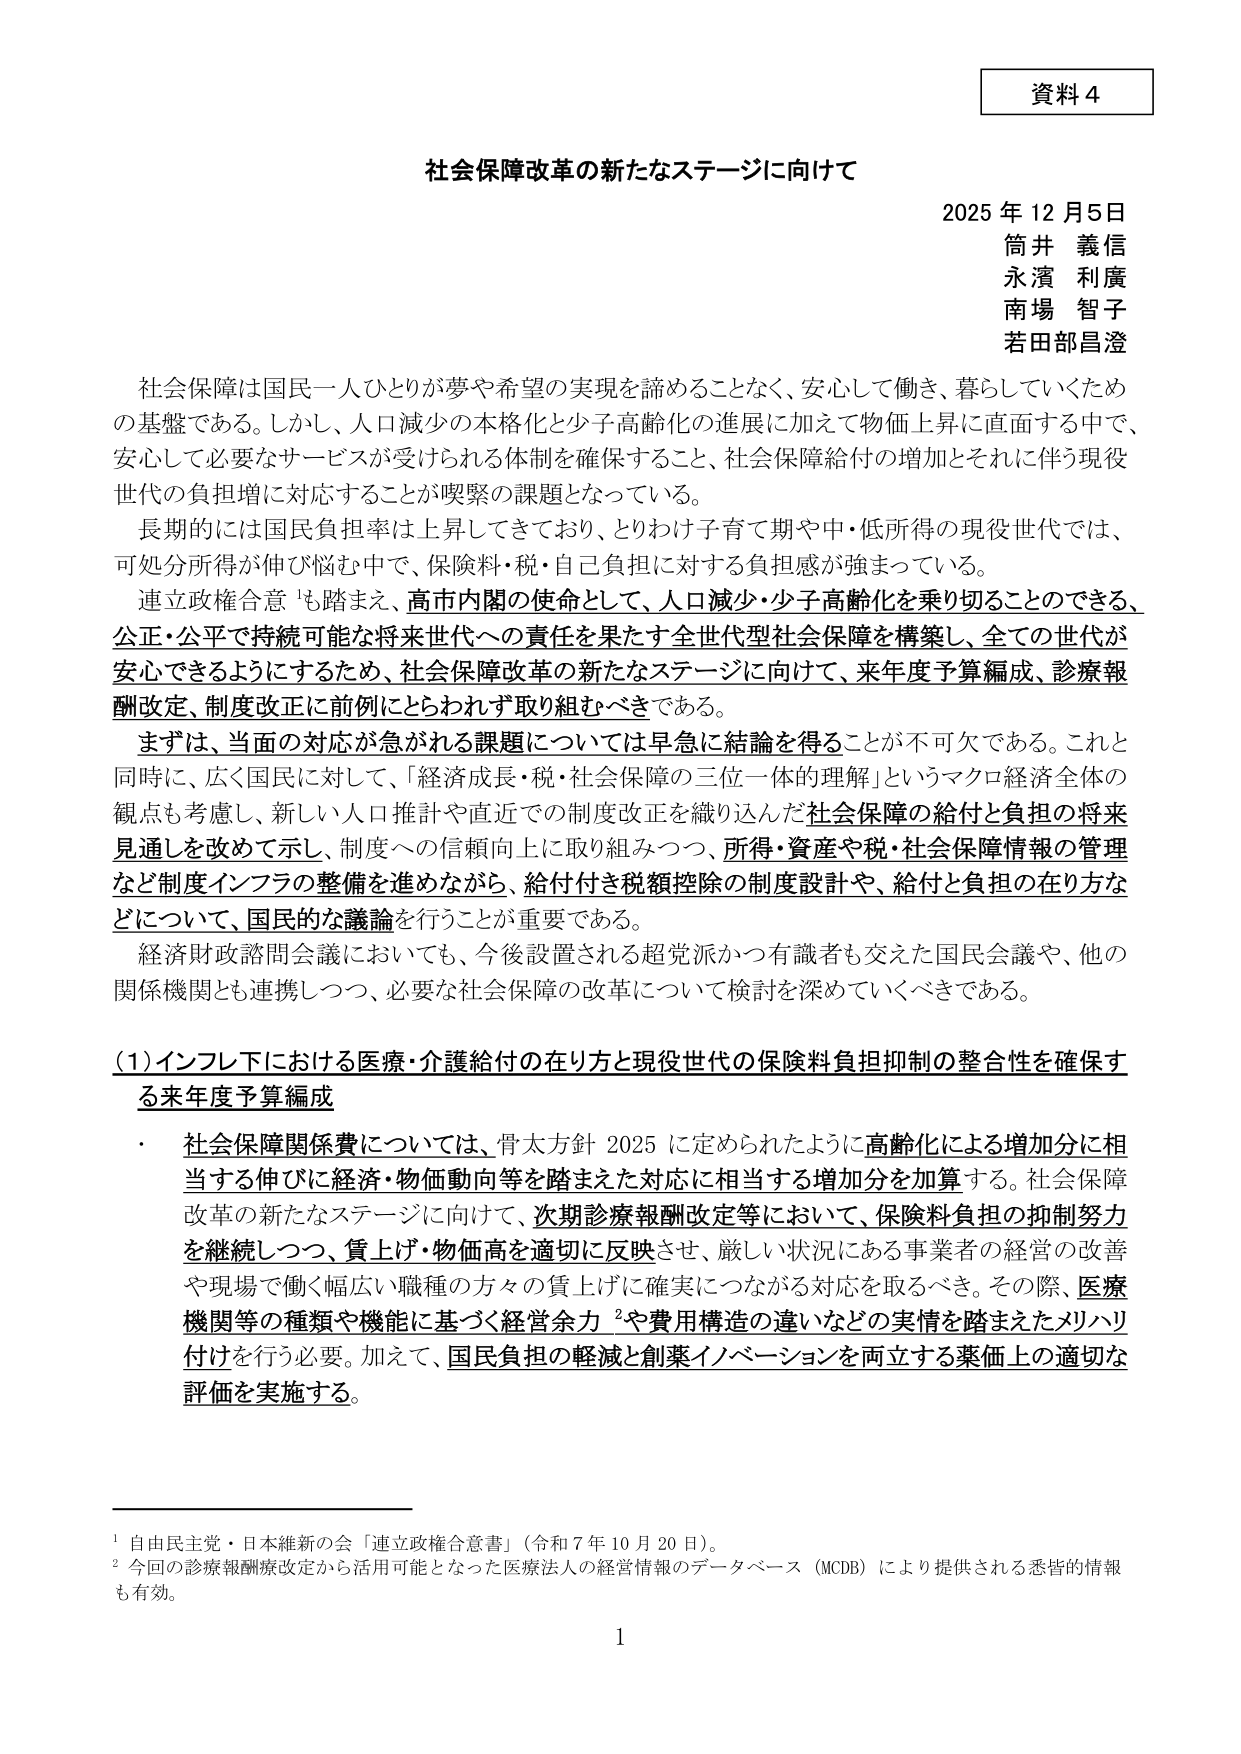
資料４

社会保障改革の新たなステージに向けて

2025年12月5日
筒井 義信
永濱 利廣
南場 智子
若田部昌澄

社会保障は国民一人ひとりが夢や希望の実現を諦めることなく、安心して働き、暮らしていくための基盤である。しかし、人口減少の本格化と少子高齢化の進展に加えて物価上昇に直面する中で、安心して必要なサービスが受けられる体制を確保すること、社会保障給付の増加とそれに伴う現役世代の負担増に対応することが喫緊の課題となっている。

長期的には国民負担率は上昇してきており、とりわけ子育て期や中・低所得の現役世代では、可処分所得が伸び悩む中で、保険料・税・自己負担に対する負担感が強まっている。

連立政権合意¹も踏まえ、高市内閣の使命として、人口減少・少子高齢化を乗り切ることのできる、公正・公平で持続可能な将来世代への責任を果たす全世代型社会保障を構築し、全ての世代が安心できるようにするため、社会保障改革の新たなステージに向けて、来年度予算編成、診療報酬改定、制度改正に前例にとらわれず取り組むべきである。

まずは、当面の対応が急がれる課題については早急に結論を得ることが不可欠である。これと同時に、広く国民に対して、「経済成長・税・社会保障の三位一体的理解」というマクロ経済全体の観点も考慮し、新しい人口推計や直近での制度改正を織り込んだ社会保障の給付と負担の将来見通しを改めて示し、制度への信頼向上に取り組みつつ、所得・資産や税・社会保障情報の管理など制度インフラの整備を進めながら、給付付き税額控除の制度設計や、給付と負担の在り方などについて、国民的な議論を行うことが重要である。

経済財政諮問会議においても、今後設置される超党派かつ有識者も交えた国民会議や、他の関係機関とも連携しつつ、必要な社会保障の改革について検討を深めていくべきである。

（1）インフレ下における医療・介護給付の在り方と現役世代の保険料負担抑制の整合性を確保する来年度予算編成

・ 社会保障関係費については、骨太方針2025に定められたように高齢化による増加分に相当する伸びに経済・物価動向等を踏まえた対応に相当する増加分を加算する。社会保障改革の新たなステージに向けて、次期診療報酬改定等において、保険料負担の抑制努力を継続しつつ、質上げ・価値高を適切に反映させ、厳しい状況にある事業者の経営の改善や現場で働く幅広い職種の方々の質上げに確実につながる対応を取るべき。その際、医療機関等の種類や機能に基づく経営余力²や費用構造の違いなどの実情を踏まえたメリハリ付けを行う必要。加えて、国民負担の軽減と創薬イノベーションを両立する薬価上の適切な評価を実施する。

¹ 自由民主党・日本維新の会「連立政権合意書」（令和7年10月20日）。
² 今回の診療報酬改定から活用可能となった医療法人の経営情報のデータベース（MCDB）により提供される悉皆的情報も有効。

1